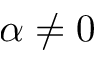
\alpha \ne 0